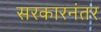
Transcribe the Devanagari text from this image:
सरकारनंतर